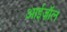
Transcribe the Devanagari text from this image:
आईज़ॉल